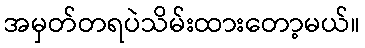
အမှတ်တရပဲသိမ်းထားတော့မယ်။